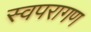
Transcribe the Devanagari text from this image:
स्वपरागण